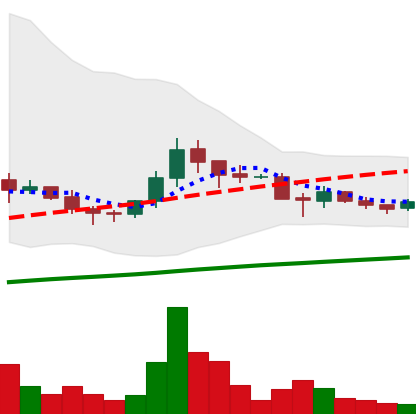
Ticker: DOGE-USD
Chart end date: 2021-06-13
Forward return: -9.529%
Label: down_7plus